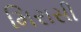
મિરાસી